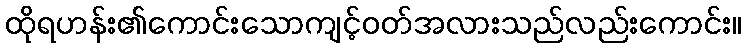
ထိုရဟန်း၏ကောင်းသောကျင့်ဝတ်အလားသည်လည်းကောင်း။